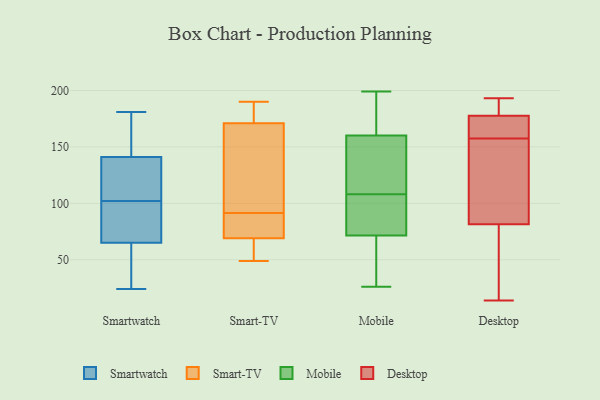
{"axis": {"x": "Net Income (USD K)", "y": "Value"}, "legend": ["Desktop", "Mobile", "Smart-TV", "Smartwatch"], "data": [{"x": "", "y": 172, "type": "Smartwatch"}, {"x": "", "y": 147, "type": "Smartwatch"}, {"x": "", "y": 69, "type": "Smartwatch"}, {"x": "", "y": 141, "type": "Smartwatch"}, {"x": "", "y": 181, "type": "Smartwatch"}, {"x": "", "y": 124, "type": "Smartwatch"}, {"x": "", "y": 62, "type": "Smartwatch"}, {"x": "", "y": 141, "type": "Smartwatch"}, {"x": "", "y": 45, "type": "Smartwatch"}, {"x": "", "y": 96, "type": "Smartwatch"}, {"x": "", "y": 74, "type": "Smartwatch"}, {"x": "", "y": 68, "type": "Smartwatch"}, {"x": "", "y": 24, "type": "Smartwatch"}, {"x": "", "y": 112, "type": "Smartwatch"}, {"x": "", "y": 108, "type": "Smartwatch"}, {"x": "", "y": 30, "type": "Smartwatch"}, {"x": "", "y": 72, "type": "Smart-TV"}, {"x": "", "y": 69, "type": "Smart-TV"}, {"x": "", "y": 138, "type": "Smart-TV"}, {"x": "", "y": 80, "type": "Smart-TV"}, {"x": "", "y": 49, "type": "Smart-TV"}, {"x": "", "y": 187, "type": "Smart-TV"}, {"x": "", "y": 190, "type": "Smart-TV"}, {"x": "", "y": 67, "type": "Smart-TV"}, {"x": "", "y": 171, "type": "Smart-TV"}, {"x": "", "y": 103, "type": "Smart-TV"}, {"x": "", "y": 126, "type": "Smart-TV"}, {"x": "", "y": 186, "type": "Smart-TV"}, {"x": "", "y": 56, "type": "Smart-TV"}, {"x": "", "y": 73, "type": "Smart-TV"}, {"x": "", "y": 70, "type": "Mobile"}, {"x": "", "y": 74, "type": "Mobile"}, {"x": "", "y": 181, "type": "Mobile"}, {"x": "", "y": 170, "type": "Mobile"}, {"x": "", "y": 79, "type": "Mobile"}, {"x": "", "y": 75, "type": "Mobile"}, {"x": "", "y": 199, "type": "Mobile"}, {"x": "", "y": 116, "type": "Mobile"}, {"x": "", "y": 104, "type": "Mobile"}, {"x": "", "y": 150, "type": "Mobile"}, {"x": "", "y": 130, "type": "Mobile"}, {"x": "", "y": 183, "type": "Mobile"}, {"x": "", "y": 26, "type": "Mobile"}, {"x": "", "y": 197, "type": "Mobile"}, {"x": "", "y": 34, "type": "Mobile"}, {"x": "", "y": 120, "type": "Mobile"}, {"x": "", "y": 112, "type": "Mobile"}, {"x": "", "y": 39, "type": "Mobile"}, {"x": "", "y": 73, "type": "Mobile"}, {"x": "", "y": 29, "type": "Mobile"}, {"x": "", "y": 193, "type": "Desktop"}, {"x": "", "y": 130, "type": "Desktop"}, {"x": "", "y": 164, "type": "Desktop"}, {"x": "", "y": 133, "type": "Desktop"}, {"x": "", "y": 181, "type": "Desktop"}, {"x": "", "y": 17, "type": "Desktop"}, {"x": "", "y": 190, "type": "Desktop"}, {"x": "", "y": 174, "type": "Desktop"}, {"x": "", "y": 151, "type": "Desktop"}, {"x": "", "y": 33, "type": "Desktop"}, {"x": "", "y": 14, "type": "Desktop"}, {"x": "", "y": 169, "type": "Desktop"}]}